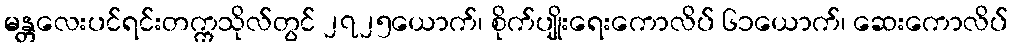
မန္တလေးပင်ရင်းတက္ကသိုလ်တွင် ၂၇၂၅ယောက်၊ စိုက်ပျိုးရေးကောလိပ် ၆၁ယောက်၊ ဆေးကောလိပ်